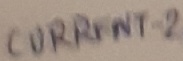
Text: CURRENT-2